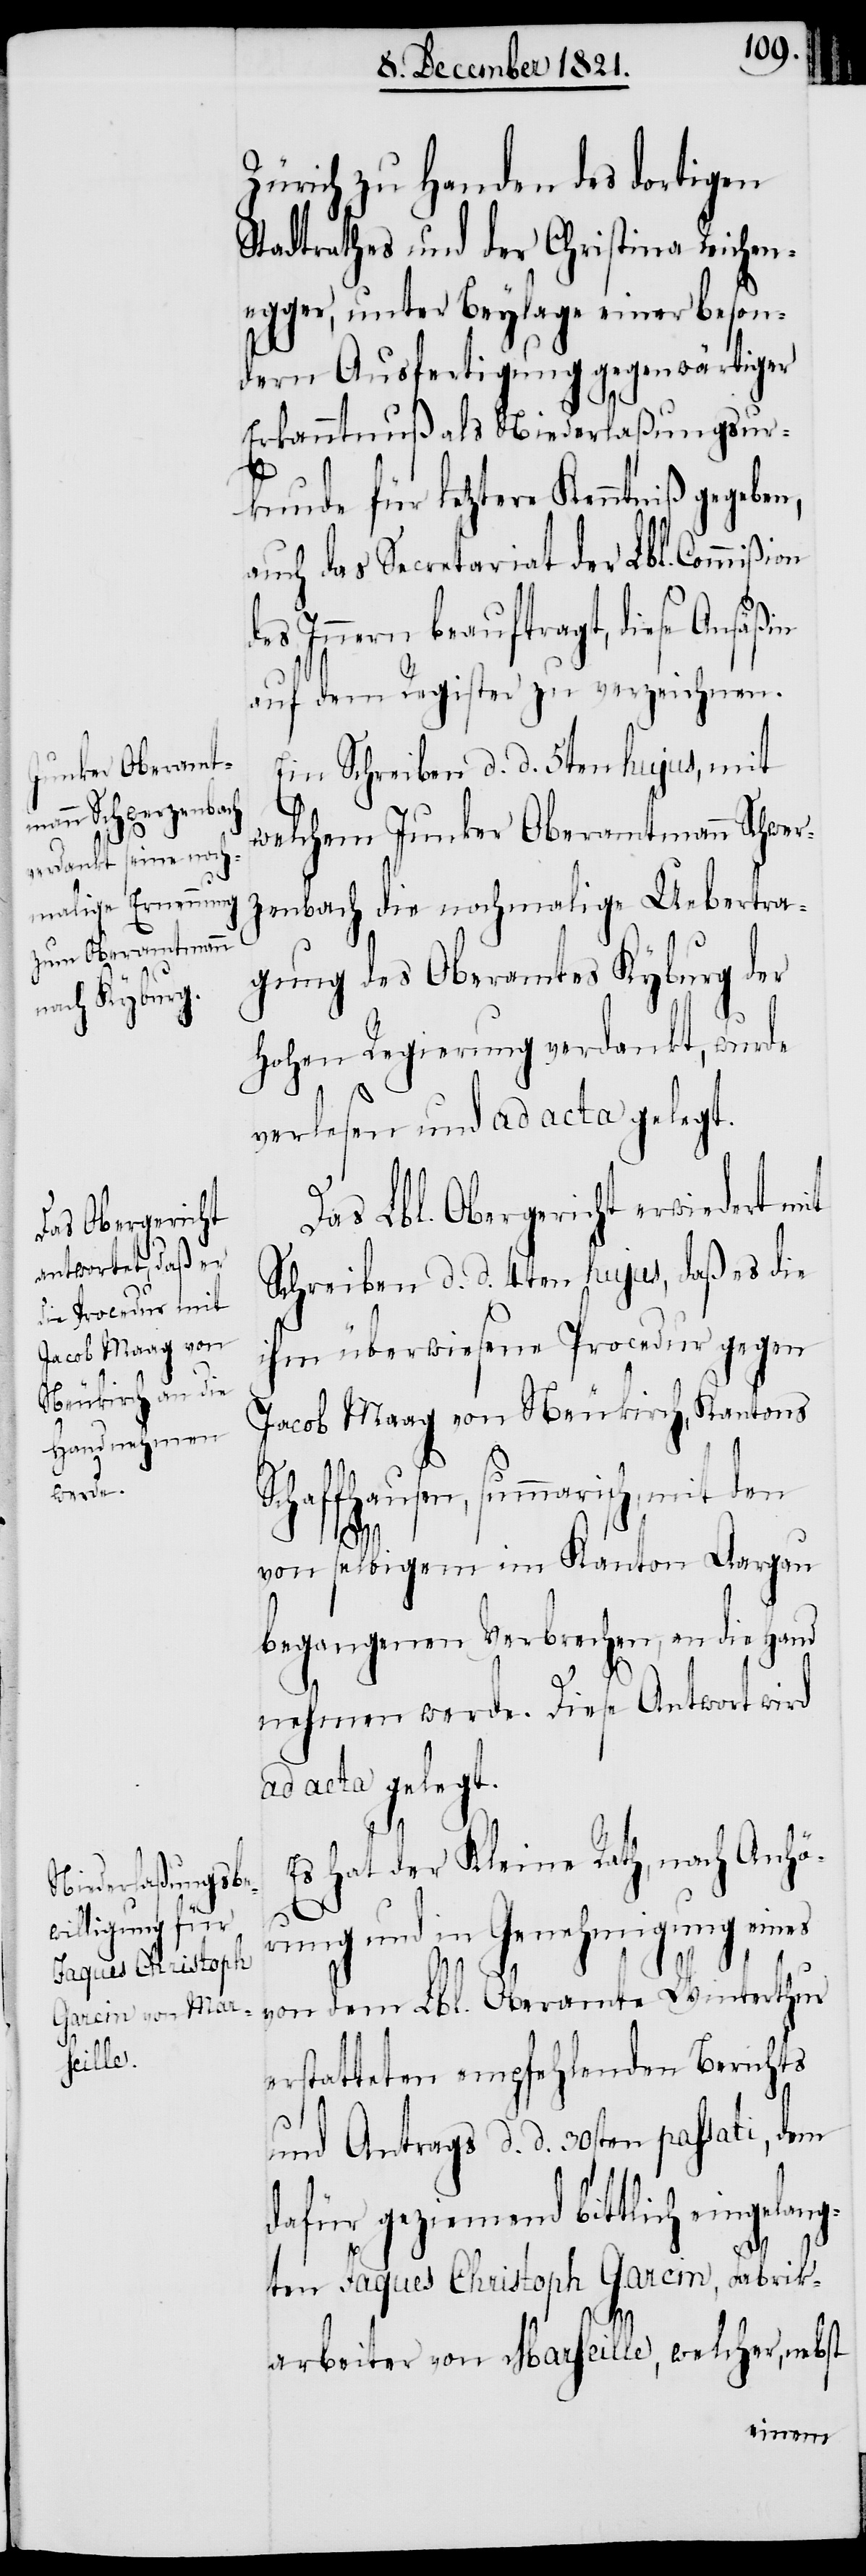
Zürich zu Handen des dortigen
Stadtrathes und der Christina Reichen¬
egger, unter Beylage einer beson¬
dern Ausfertigung gegenwärtiger
Erkanntnuß als Niederlaßungsur¬
kunde für letztere Kenntniß gegeben,
auch das Secretariat der Lbl. Commißion
des Innern beauftragt, diese Ansäßin
auf dem Register zu verzeichnen.
Ein Schreiben d. d. 5ten hujus, mit
welchem Junker Oberamtmann Schwer¬
zenbach die nochmalige Uebertra¬
gung des Oberamtes Kyburg der
Hohen Regierung verdankt, wurde
verlesen und ad acta gelegt.
Das Lbl. Obergericht erwiedert mit
Schreiben d. d. 4ten hujus, daß es die
ihm überwiesene Procedur gegen
Jacob Maag von Neukirch, Kantons
Schaffhausen, summarisch, mit den
von selbigem im Kanton Aargau
begangenen Verbrechen, an die Hand
nehmen werde. Diese Antwort wird
ad acta gelegt.
Es hat der Kleine Rath, nach Anhö¬
rung und in Genehmigung eines
von dem Lbl. Oberamte Winterthur
erstatteten empfehlenden Berichts
und Antrags d. d. 30sten passati, dem
dafür geziemend bittlich eingelan¬
gten Jaques Christoph Garcin, Fabrik¬
arbeiter von Marseille, welcher, nebst